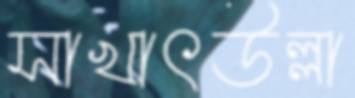
সাখাৎউল্লা